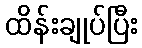
ထိန်းချုပ်ပြီး